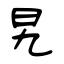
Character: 旯